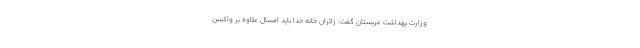
وزارت بهداشت عربستان گفت: زائران خانه خدا باید امسال علاوه بر واکسن